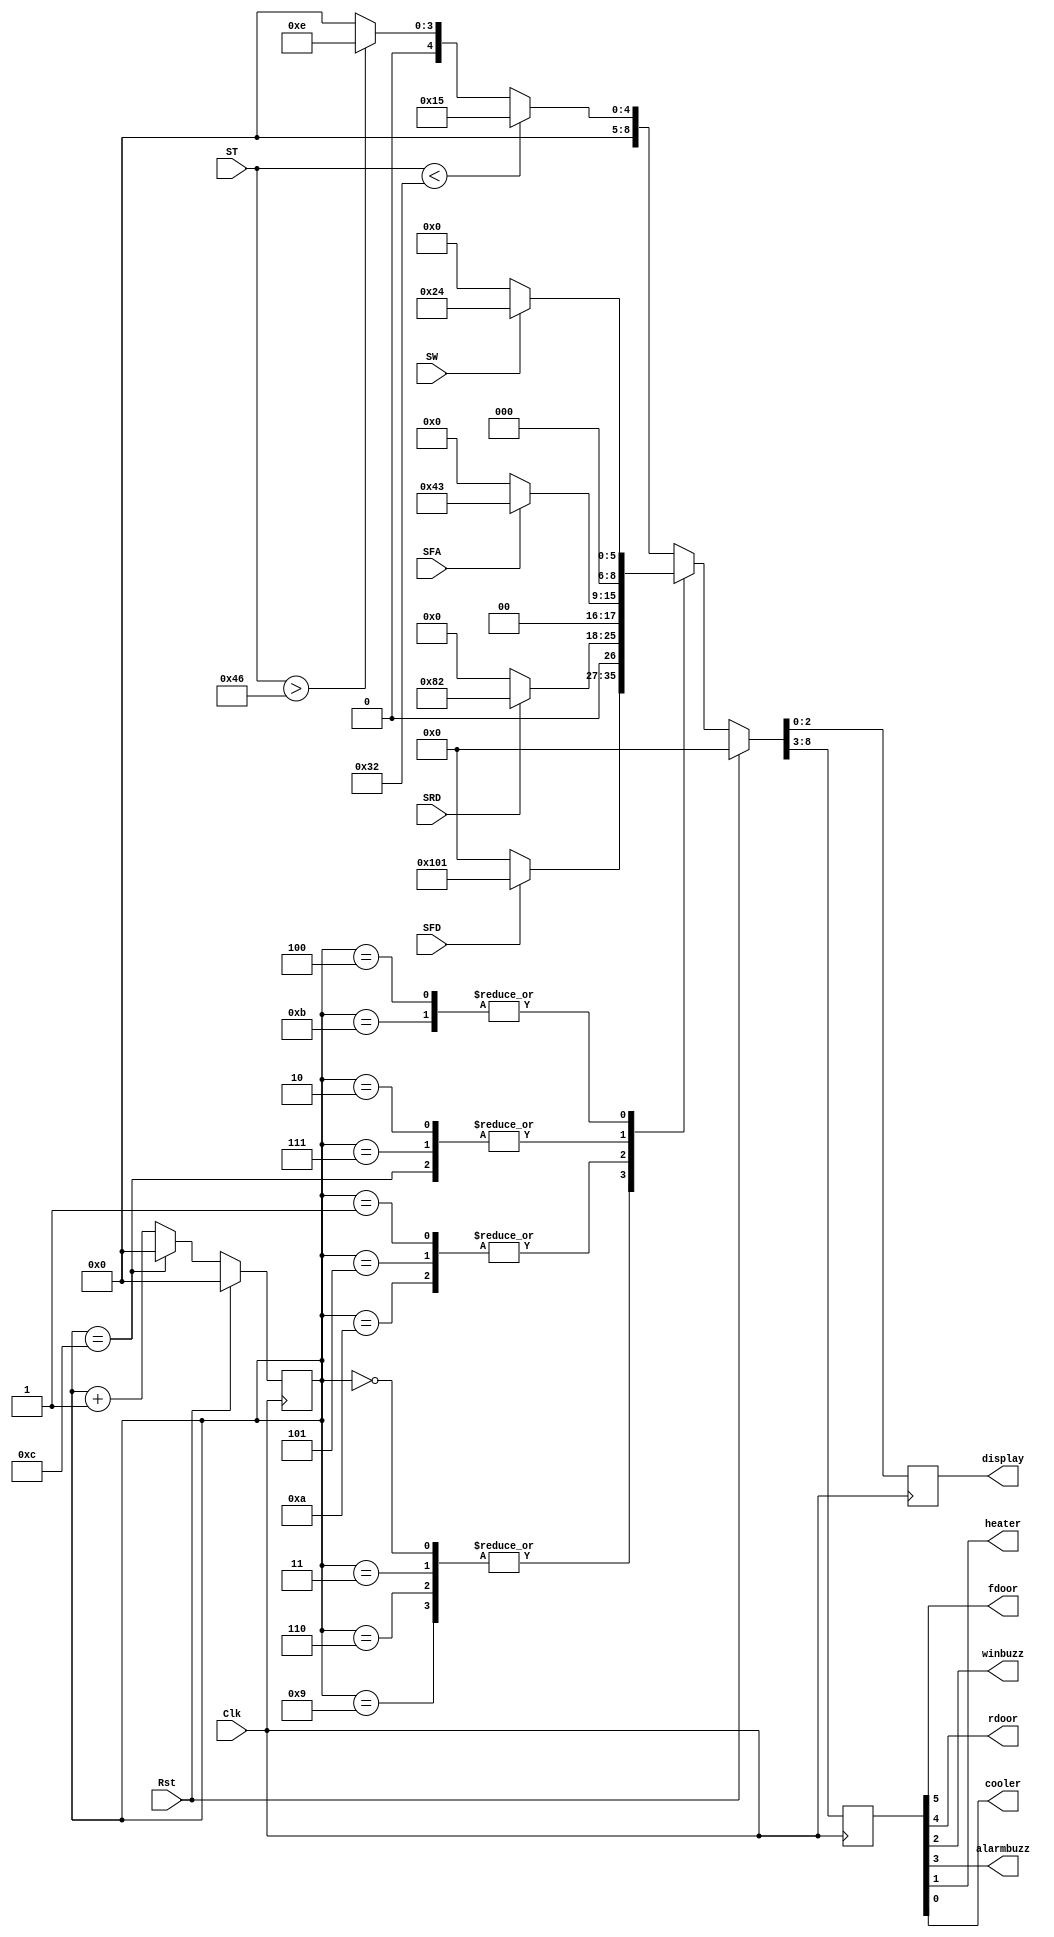
/*
1
2
3
1
4
2
1
3
5
1
2
4
3
-------
histo
1  2  3  4  5
4  3  3  2  1
*/
module integ(
  input wire Clk, Rst, SFD, SRD, SW, SFA,
  input wire[6:0] ST,

  output wire fdoor, rdoor, winbuzz, alarmbuzz, heater, cooler,
  output reg[2:0] display);

  reg[5:0] out;
  assign {fdoor, rdoor, alarmbuzz, winbuzz, heater, cooler} = out;

  reg [3:0] State;
  localparam S1 = 4'b0000;
  localparam S2 = 4'b0001;
  localparam S3 = 4'b0010;
  localparam S4 = 4'b0011;
  localparam S5 = 4'b0100;
  localparam S6 = 4'b0101;
  localparam S7 = 4'b0110;
  localparam S8 = 4'b0111;
  localparam S9 = 4'b1000;
  localparam S10 = 4'b1001;
  localparam S11 = 4'b1010;
  localparam S12 = 4'b1011;
  localparam S13 = 4'b1100;


  always @(posedge Clk)
  begin
{out, display} <= 0;
    if(Rst) begin
      State <= S1;
    end

    else begin
      // Front Door


      case(State)
        S1,
        S4,
        S7,
        S10: begin 
          case(SFD)
          1: {out, display} <= 1 | (1<<8);
          default: ;
          endcase
        end
        S2,
        S6,
        S11: begin 
          case(SRD)
          1: {out, display} <= 2 | (1<<7);
          default: ;
          endcase
        end
        S3,
        S8,
        S13: begin 
          case(SFA)
          1: {out, display} <= 3 | (1<<6);
          default: ;
          endcase
        end
        S5,
        S12: begin 
          case(SW)
          1: {out, display} <= 4 | (1<<5);
          default: ;
          endcase
        end
        default: begin
          if(ST < 50)       {out, display} <= 5 | (1<<4);
          else if(ST > 70)  {out, display} <= 6 | (1<<3);
        end
      endcase
 
      case(State)
      S13: State<=S1;
      default: State<=State+1;
      endcase
      end
  end
endmodule